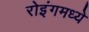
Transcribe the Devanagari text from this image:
रोइंगमध्ये